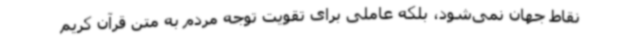
نقاط جهان نمی‌شود، بلکه عاملی برای تقویت توجه مردم به متن قرآن کریم